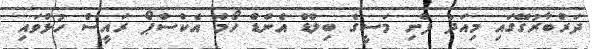
ދަރުބާރުގޭގައި މިއަދު ފެށި މަސީގެ ބިލްޑް އެންޑް ހޯމް އެކްސްޕޯ ރައީސް ހުޅުވައި